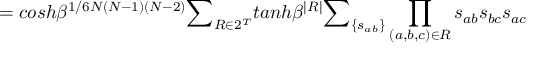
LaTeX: = c o s h \beta ^ { 1 / 6 N ( N - 1 ) ( N - 2 ) } { \Large \sum } _ { R \in 2 ^ { T } } t a n h \beta ^ { | R | } { \large \sum } _ { \{ s _ { a b } \} } \prod _ { ( a , b , c ) \in R } s _ { a b } s _ { b c } s _ { a c }